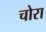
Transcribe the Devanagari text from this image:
चोरा